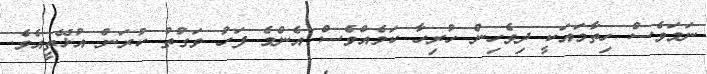
ނަމަވެސް ހިތާމައަކީ ދިވެހިން ހުރިހާ ކަމެއްވެސް އެންމެ ފަހު ވަގުތު ކުރަން އުޅޭތީއެވެ.